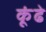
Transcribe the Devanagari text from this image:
कूंढे